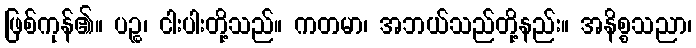
ဖြစ်ကုန်၏။ ပဉ္စ၊ ငါးပါးတို့သည်။ ကတမာ၊ အဘယ်သည်တို့နည်း။ အနိစ္စသညာ၊